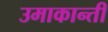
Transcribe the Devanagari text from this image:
उमाकान्‍ती